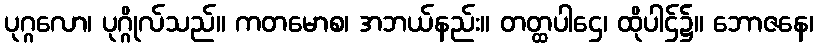
ပုဂ္ဂလော၊ ပုဂ္ဂိုလ်သည်။ ကတမောစ၊ အဘယ်နည်း။ တတ္ထပါဌေ၊ ထိုပါဌ်၌။ ဘောဇနေ၊